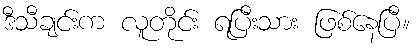
ဒီသီချင်းက လူတိုင်း ရပြီးသား ဖြစ်နေပြီ။